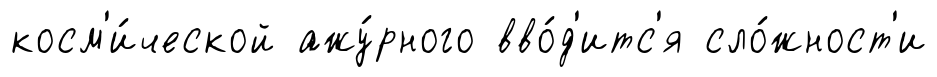
косм'и́ческой ажу́рного вво́д'итс'я сло́жност'и